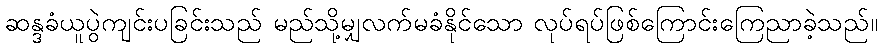
ဆန္ဒခံယူပွဲကျင်းပခြင်းသည် မည်သို့မျှလက်မခံနိုင်သော လုပ်ရပ်ဖြစ်ကြောင်းကြေညာခဲ့သည်။